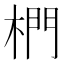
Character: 椚